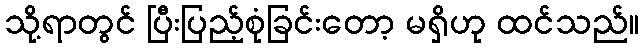
သို့ရာတွင် ပြီးပြည့်စုံခြင်းတော့ မရှိဟု ထင်သည်။